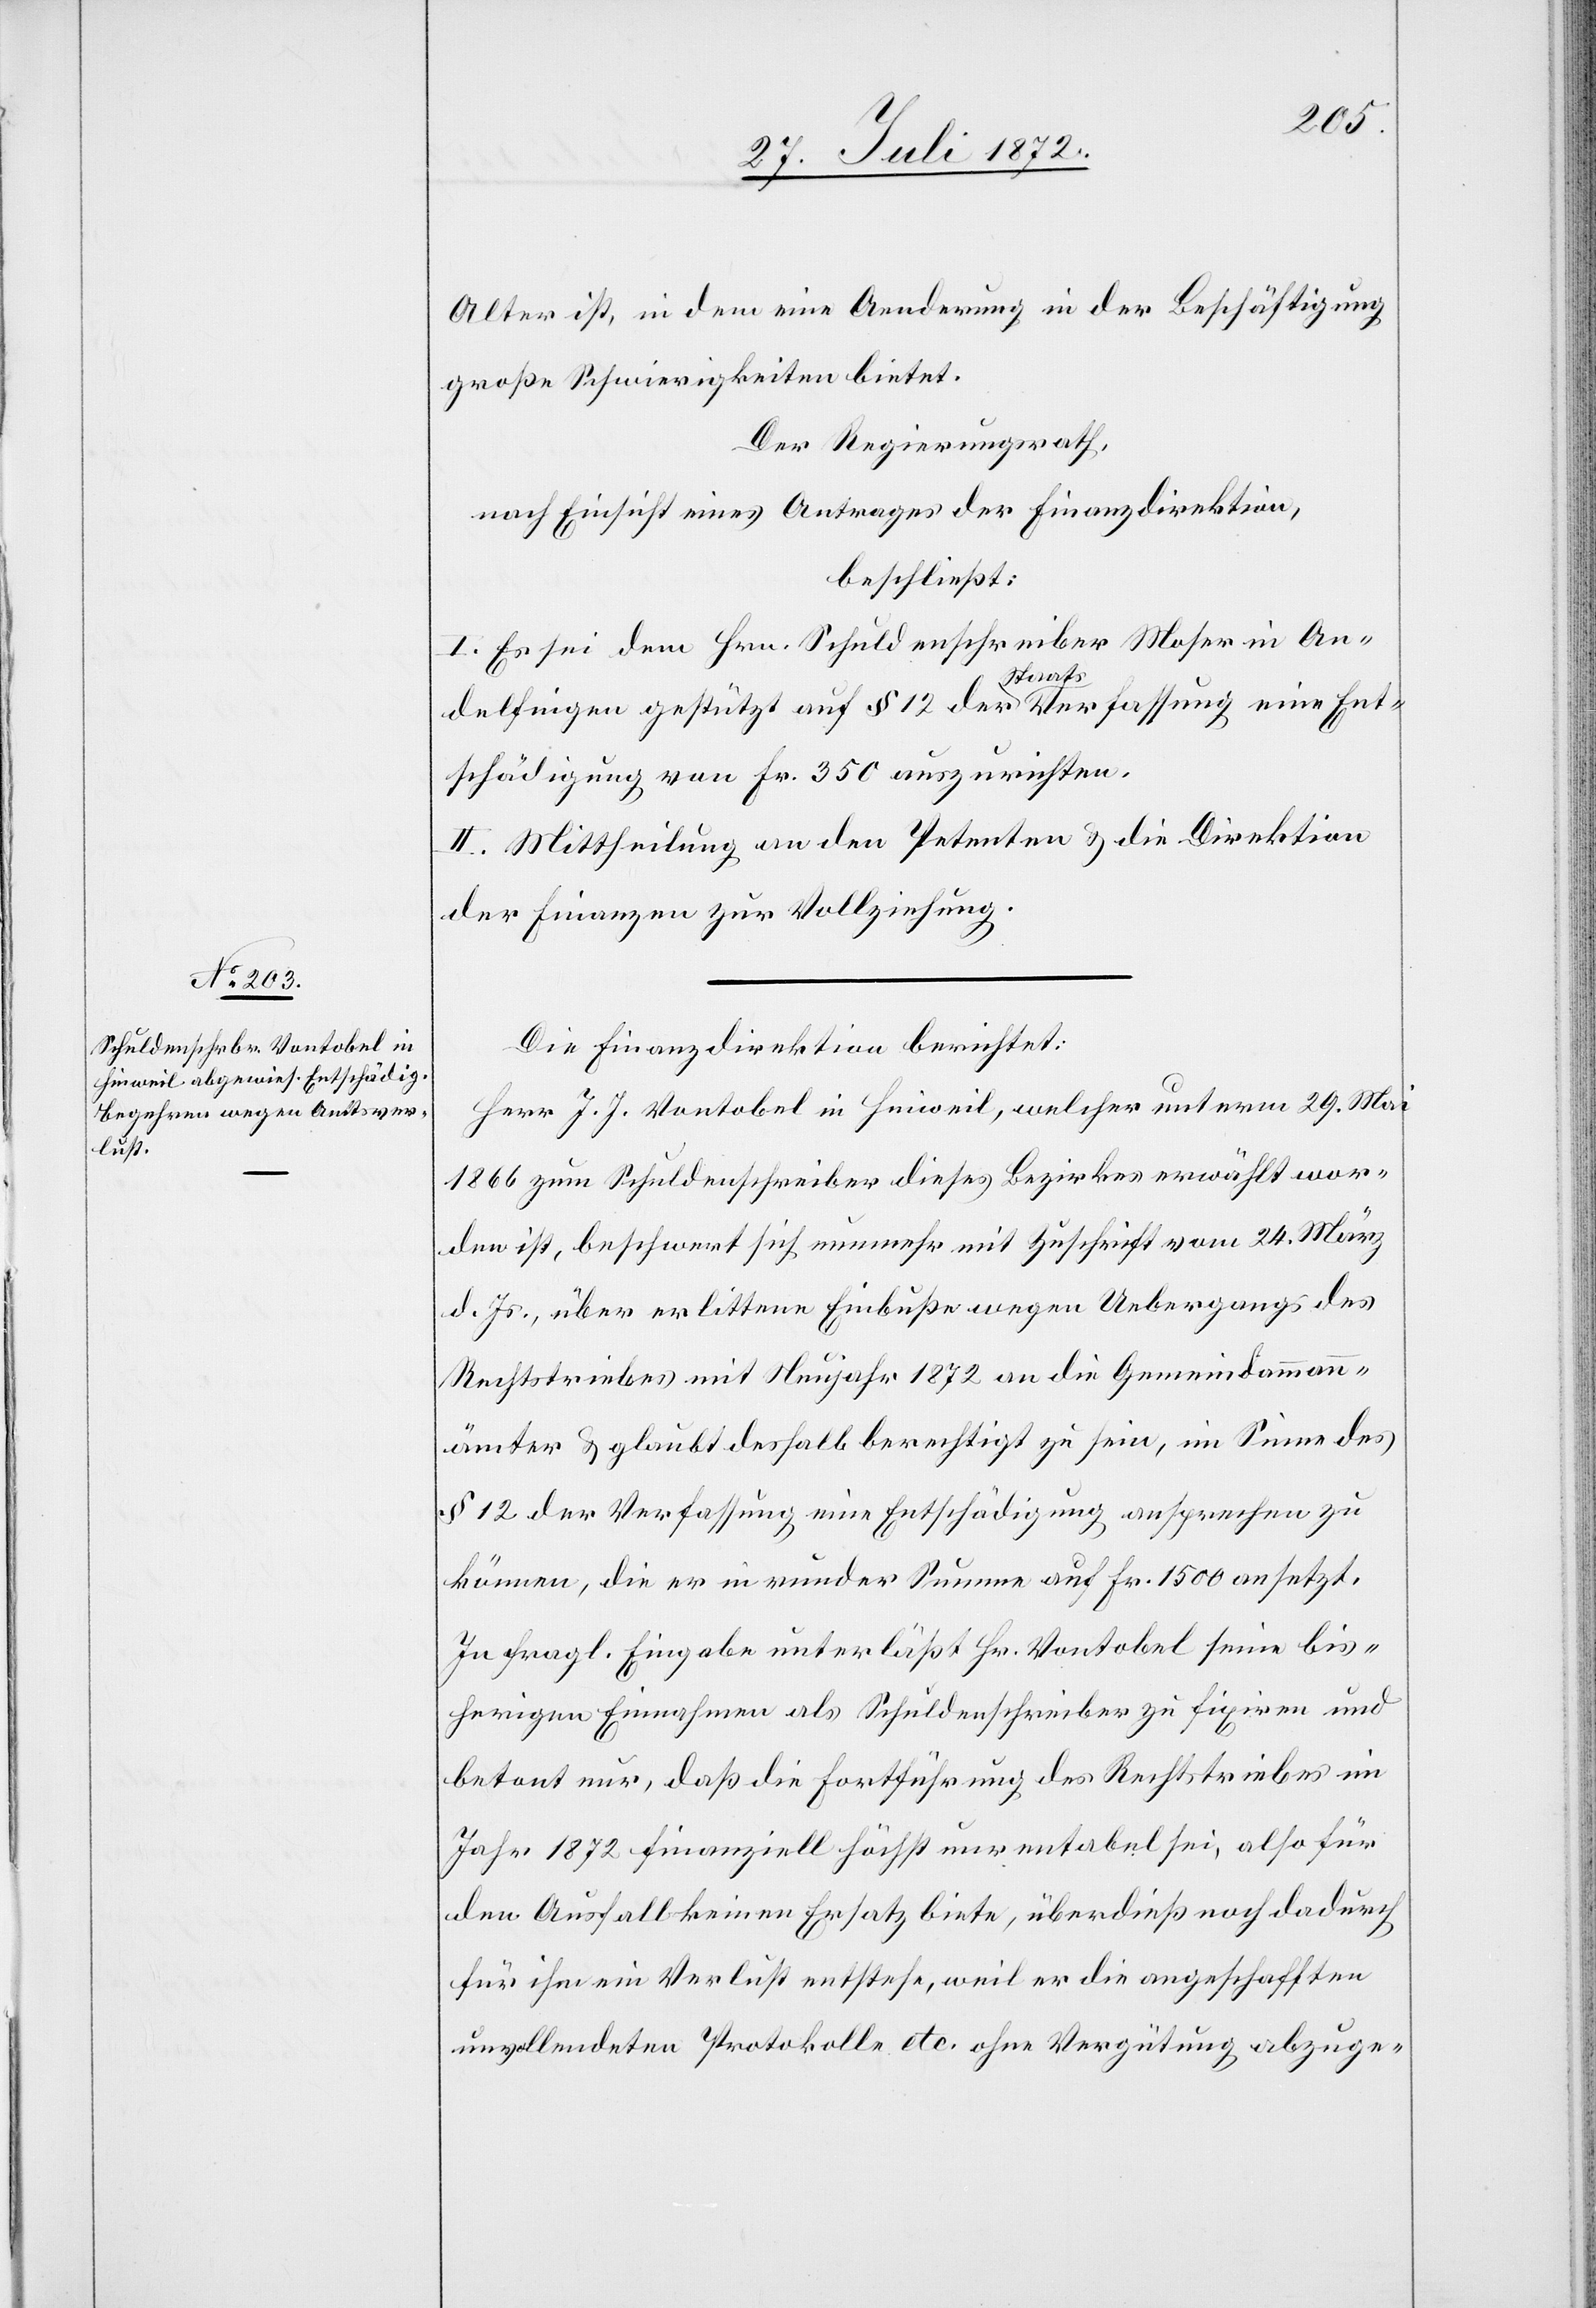
Alter ist, in dem eine Aenderung in der Beschäftigung
große Schwierigkeiten bietet.
Der Regierungsrath,
nach Einsicht eines Antrages der Finanzdirektion,
beschließt:
I. Es sei dem Hrn. Schuldenschreiber Moser in An¬
delfingen gestützt auf § 12 der Staatsverfassung eine Ent¬
schädigung von Fr. 350 auszurichten.
II. Mittheilung an den Petenten u. die Direktion
der Finanzen zur Vollziehung.
Die Finanzdirektion berichtet:
Herr J. J. Vontobel in Hinweil, welcher unterm 29. Mai
1866 zum Schuldenschreiber dieses Bezirkes erwählt wor¬
den ist, beschwert sich nunmehr mit Zuschrift vom 24. März
d. Js., über erlittene Einbuße wegen Uebergangs des
Rechtstriebes mit Neujahr 1872 an die Gemeindammann¬
ämter u. glaubt deshalb berechtigt zu sein, im Sinne des
§ 12 der Verfassung eine Entschädigung ansprechen zu
können, die er in runder Summe auf Fr. 1500 ansetzt.
In fragl. Eingabe unterläßt Hr. Vontobel seine bis¬
herigen Einnahmen als Schuldenschreiber zu fixiren und
betont nur, daß die Fortführung des Rechtstriebes im
Jahr 1872 finanziell höchst unrentabel sei, also für
den Ausfall keinen Ersatz biete, überdieß noch dadurch
für ihm ein Verlust entstehe, weil er die angeschafften
unvollendeten Protokolle etc. ohne Vergütung abzuge-